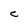
Character: C